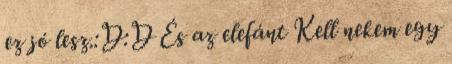
ez jó lesz.:D:D És az elefánt Kell nekem egy